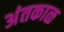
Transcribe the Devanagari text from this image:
अंतकाळ